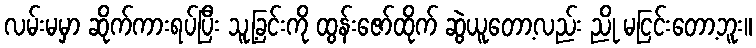
လမ်းမမှာ ဆိုက်ကားရပ်ပြီး သူ့ခြင်းကို ထွန်းဇော်ထိုက် ဆွဲယူတော့လည်း ညို မငြင်းတော့ဘူး။